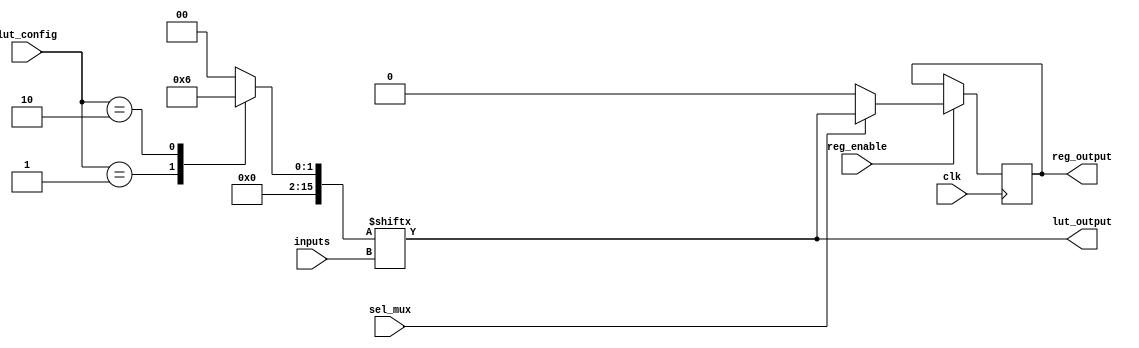
module CLB (
    input wire [3:0] inputs,         // Input lines (4 inputs for LUT)
    input wire [3:0] lut_config,     // Configuration for LUT (4-bit)
    input wire sel_mux,              // Control signal for MUX
    input wire clk,                  // Clock signal for register
    input wire reg_enable,           // Enable signal for register
    output wire lut_output,          // Output from LUT
    output reg reg_output            // Output from register
);

// Look-Up Table (LUT) implementation
reg [15:0] lut; // 4-input LUT can have 2^4 = 16 entries

// Configure the LUT based on lut_config
always @(*) begin
    case (lut_config)
        4'b0000: lut = 16'b0000000000000000; // Example configuration
        4'b0001: lut = 16'b0000000000000001; // Example configuration
        4'b0010: lut = 16'b0000000000000010; // Example configuration
        // Add more configurations as needed
        default: lut = 16'b0000000000000000; // Default case
    endcase
end

// Generate LUT output based on inputs
assign lut_output = lut[inputs];

// Multiplexer to select between LUT output and another signal (for example purposes)
wire mux_output;
assign mux_output = sel_mux ? lut_output : 1'b0; // 1'b0 can be replaced with another signal

// Register to hold the output
always @(posedge clk) begin
    if (reg_enable) begin
        reg_output <= mux_output; // Store the MUX output in the register
    end
end

endmodule